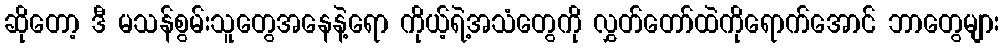
ဆိုတော့ ဒီ မသန်စွမ်းသူတွေအနေနဲ့ရော ကိုယ့်ရဲ့အသံတွေကို လွှတ်တော်ထဲကိုရောက်အောင် ဘာတွေများ